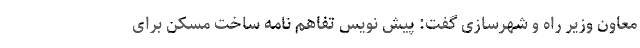
معاون وزیر راه و شهرسازی گفت: پیش نویس تفاهم نامه ساخت مسکن برای